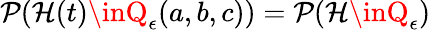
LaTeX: \mathcal{P}(\mathcal{{H}}(t)\inQ_{\epsilon}(a,b,c))=\mathcal{P}(\mathcal{{H}}\inQ_{\epsilon})